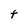
Character: t